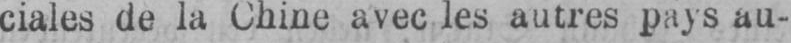
ciales de la Chine avec les autres pays au-